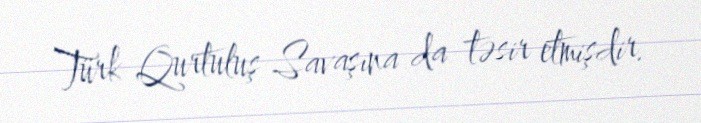
Türk Qurtuluş Savaşına da təsir etmişdir.